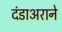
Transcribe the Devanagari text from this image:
दंडाअराने